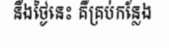
នឹងថ្ងៃនេះ គឺគ្រប់កន្លែង